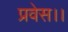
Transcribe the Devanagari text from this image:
प्रवेस।।